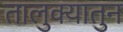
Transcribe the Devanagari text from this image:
तालुक्यातुन